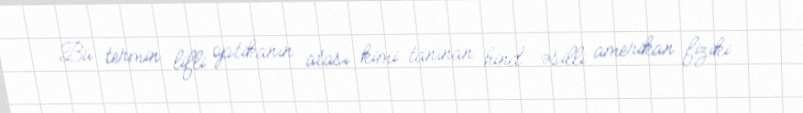
Bu termin lifli optikanın atası kimi tanınan hind əsilli amerikan fiziki